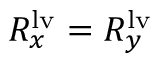
R _ { x } ^ { \mathrm { { l v } } } = R _ { y } ^ { \mathrm { { l v } } }